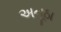
અનૂઠા